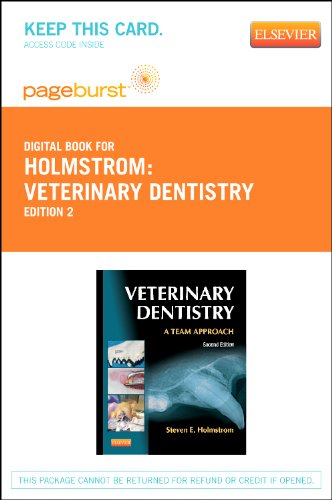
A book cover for Veterinary Dentistry: A Team Approach - Pageburst E-Book on VitalSource (Retail Access Card), 2e; Steven E. Holmstrom DVM; Medical Books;